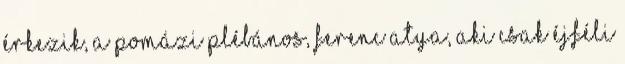
érkezik, a pomázi plébános, Ferenc atya, aki csak éjféli